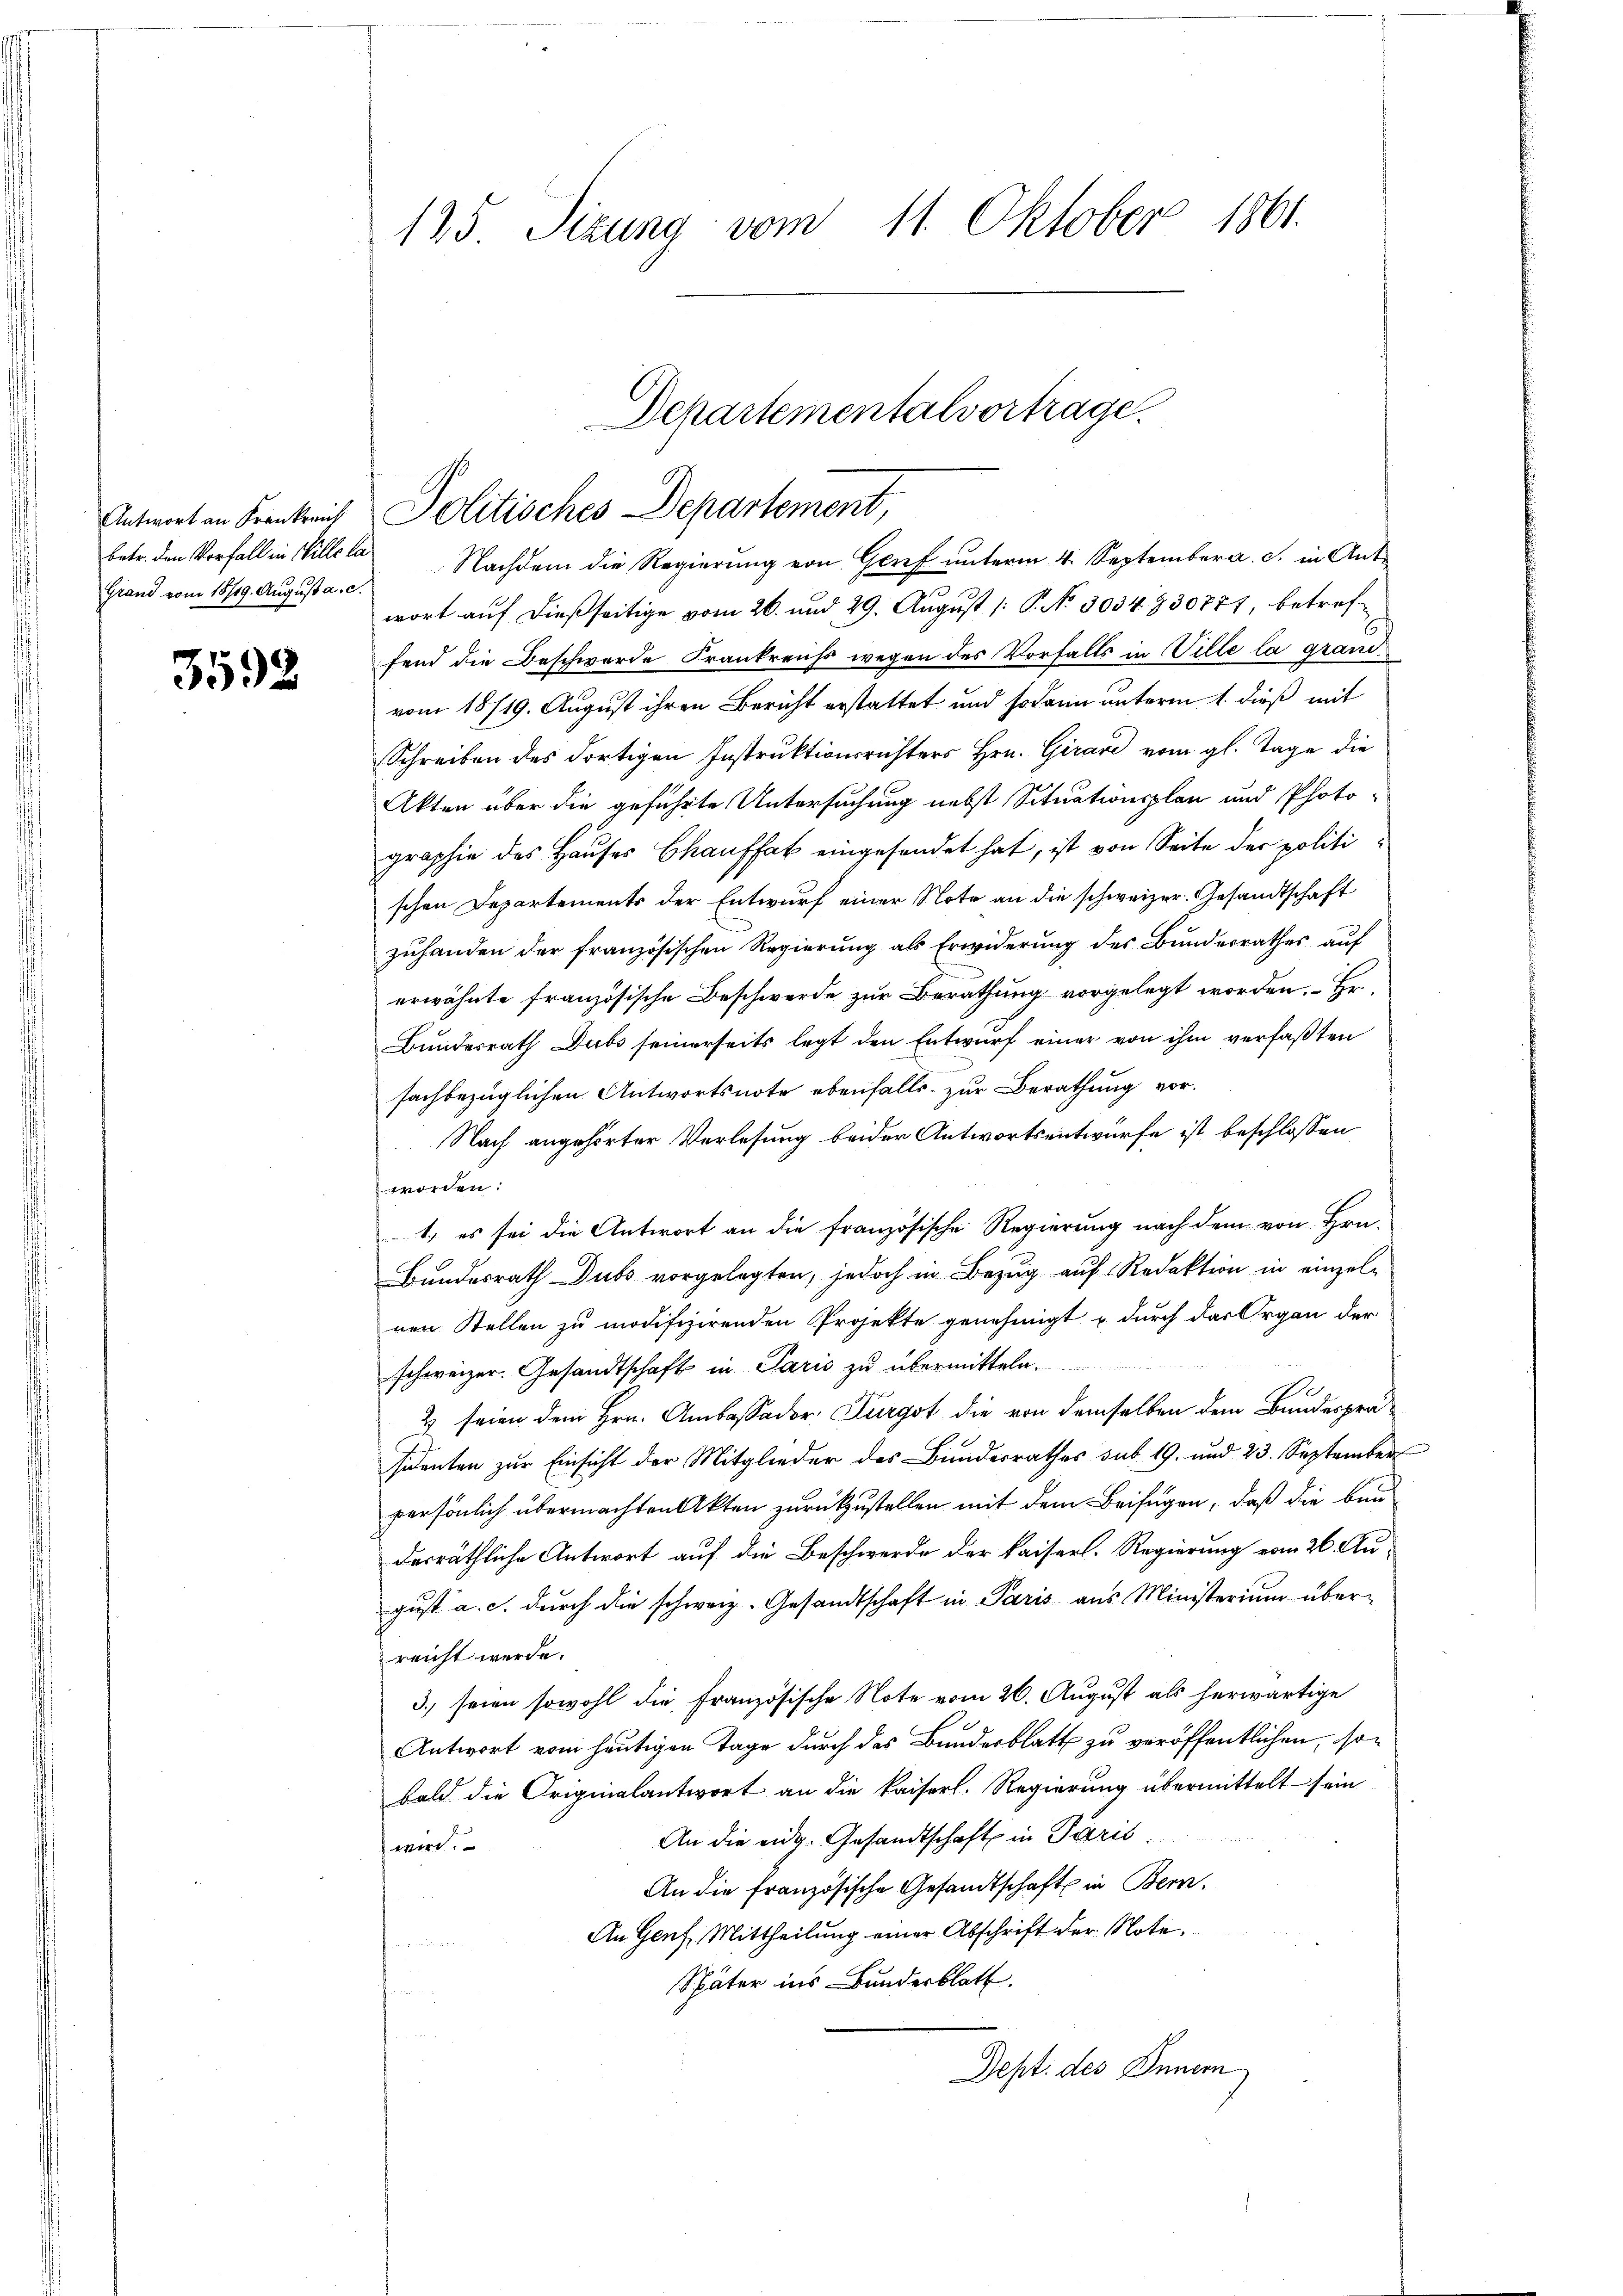
Grand vom 18/19. August a. c.

3592

125. Sizung vom 11. Oktober 1861.

betr. den Vorfall in Villcla Nachdem die Regierung von Genf unterm 4. September a. c. in Antwort auf dießseitige vom 26. und 29. August /: P. No 3034930777, betreffend die Beschwerde Frankreichs wegen des Vorfalls in Ville la grandvom 18/19. August ihren Bericht erstattet und sodann unterm 1. dieß mit
Schreiben des dortigen Instruktionsrichters Hrn. Girard vom gl. Tage die
Akten über die geführte Untersuchung nebst Situationsplan und Photographie des Hauses Chauffat eingesandet hat, ist von Seite der politischen Departements der Entwurf einer Note an die schweizer. Gesandtschaft
zuhanden der französischen Regierung als Erwiderung des Bunderrathes auf
erwähnte französische Beschwerde zur Berathung vorgelegt worden. Er
Bundesrath Dubs seinerseits legt den Entwurf einer von ihm verfaßten
sachbezüglichen Antwortsnote ebenfalls zur Berathung vor¬
Nach angehörter Vorlesung beider Antwortsentwurfe ist beschlossen
worden:
1.) es sei die Antwort an die französische Regierung nach dem von Fra-
Bundesrath Dubs vorgelegten, jedoch in Bezug auf Redaktion in einzelnen Stellen zu modifizirenden Projekte genehmigt u durch das Organ der
schweizer. Gesandtschaft in Paris zu übermitteln.
2 seien dem Hrn. Ambassader. Durgot die von demselben dem Bundespräsidenten zur Einsicht der Mitglieder des Bundesrathes sub 19. und 23. September
persönlich übermachten Akten zurückzustellen mit dem Beifügen, daß die beid
desräthliche Antwort auf die Beschwerde der kaiserl. Regierung vom 26. Au-
gust a. c. durch die schweiz. Gesandtschaft in Paris aus Ministerium überreicht werde.
3) seien sowohl die französische Note vom 26. August als herwärtige
Antwort vom heutigen Tage durch das Bundesblatt zu veröffentlichen, son
bald die Originalantwort an die kaiserl. Regierung übermittelt sein
An die eidg. Gesandtschaft in Paris
wirt.
An die französische Gesandtschaft in Bern.
An Genf Mittheilung einer Abschrift der Note.
r
Später ins Bunderblatt.
Sept. des Innern

Departementalvortrage.
Antwort an Frankreis Politisches Departement,